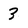
Character: 3